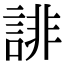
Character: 誹